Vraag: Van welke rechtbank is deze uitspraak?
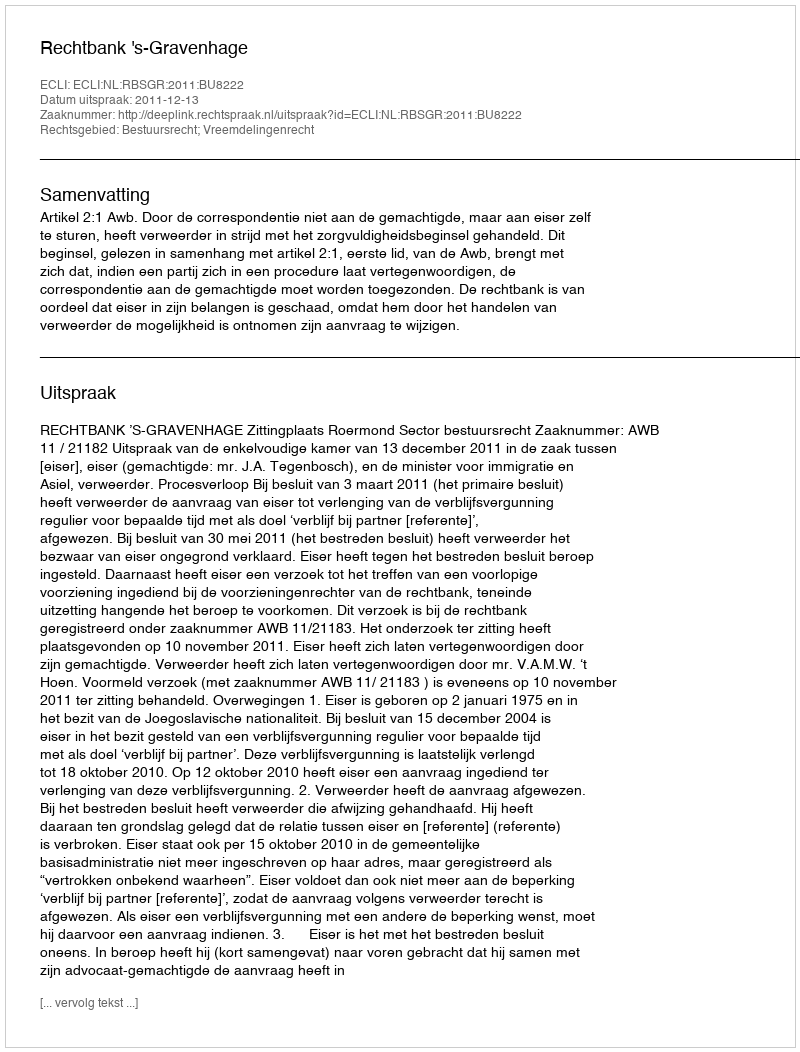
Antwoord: Rechtbank 's-Gravenhage